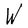
Character: W